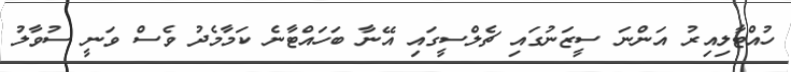
ހުއްޓާލިއިރު އަންނަ ސީޒަނުގައި ޗެލްސީގައި އޭނާ ބަހައްޓާނެ ކަމާމެދު ވެސް ވަނީ ސުވާލު